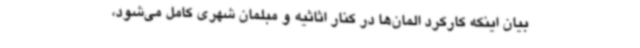
بیان اینکه کارکرد المان‌ها در کنار اثاثیه و مبلمان شهری کامل می‌شود،